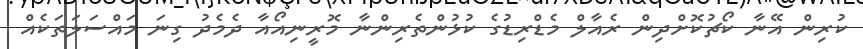
ކުރިން އޭނާ ކޯޗުކޮށްދިން ރެއާލް މެޑްރިޑުގެ ކުޅުންތެރިންނާ މޮރީނިއޯއާ ދެމެދު ގިނަ މައްސަލަތަކެއް